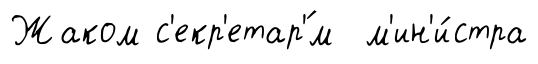
Жаком с'екр'етар'́м м'ин'и́стра